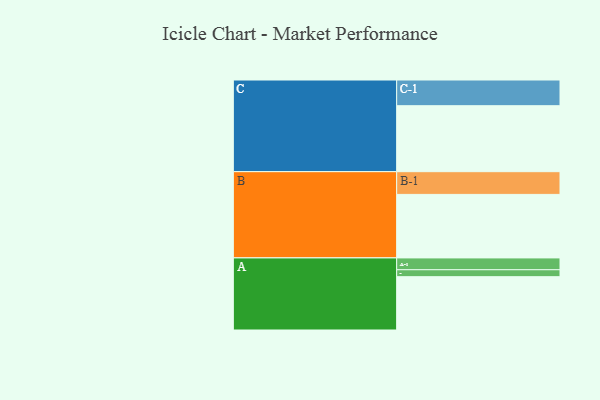
{"axis": {"x": "Segment", "y": "Value"}, "legend": ["", "A", "B", "C"], "data": [{"x": "A", "y": 392, "type": ""}, {"x": "B", "y": 467, "type": ""}, {"x": "C", "y": 485, "type": ""}, {"x": "A-1", "y": 87, "type": "A"}, {"x": "A-2", "y": 51, "type": "A"}, {"x": "B-1", "y": 167, "type": "B"}, {"x": "C-1", "y": 189, "type": "C"}]}